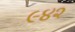
૯૪૨